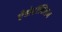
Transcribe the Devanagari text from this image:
ऐंडोटॉक्सिन